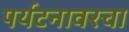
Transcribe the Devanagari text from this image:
पर्यटनावरचा